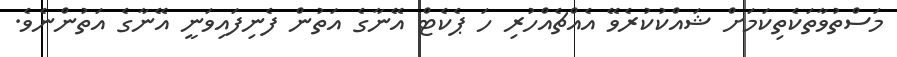
މަސްތުވާތަކެތިކަމަށް ޝައްކުކުރެވޭ އެއްޗެއްހުރި ހަ ޕެކެޓް އޭނާގެ އަތުން ފެނިފައިވަނީ އޭނާގެ އަތުންނެވެ.